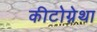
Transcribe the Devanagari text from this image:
कीटोग्नेथा